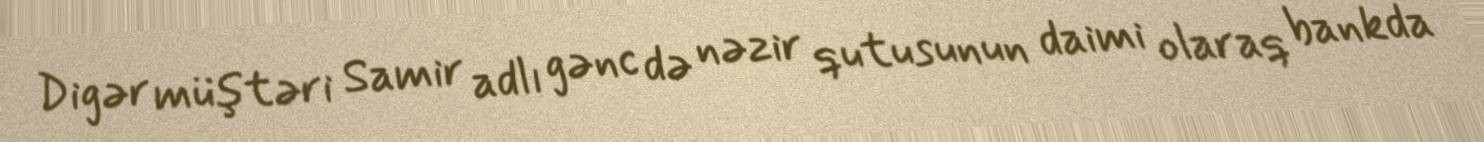
Digər müştəri Samir adlı gənc də nəzir qutusunun daimi olaraq bankda